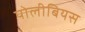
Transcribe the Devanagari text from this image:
पोलीबियस